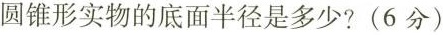
这个圆锥形实物的底面半径是多少?(6分)